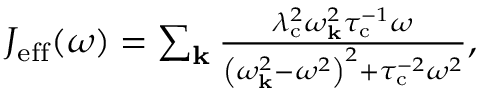
\begin{array} { r } { J _ { \mathrm { e f f } } ( \omega ) = \sum _ { \mathbf { k } } \frac { \lambda _ { \mathrm { c } } ^ { 2 } \omega _ { \mathbf { k } } ^ { 2 } \tau _ { \mathrm { c } } ^ { - 1 } \omega } { \left( \omega _ { \mathbf { k } } ^ { 2 } - \omega ^ { 2 } \right) ^ { 2 } + \tau _ { \mathrm { c } } ^ { - 2 } \omega ^ { 2 } } , } \end{array}